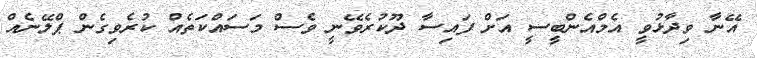
އޭނާ ވިދާޅުވީ އެމްއެންބީސީ އަށް ފައިސާ ދޫކުރެވޭނީ ވެސް މަސައްކަތެއް ކުރެވިގެން ޕްލޭނެއް